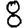
Digit: 8